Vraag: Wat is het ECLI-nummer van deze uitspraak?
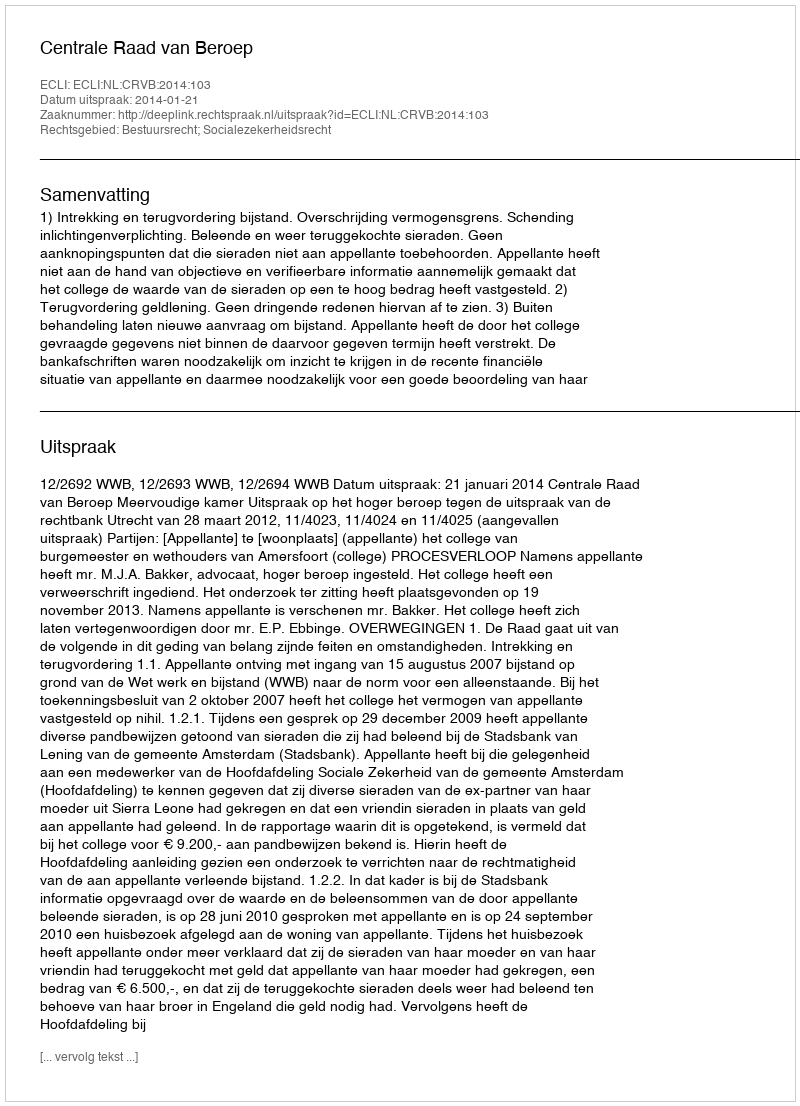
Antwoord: ECLI:NL:CRVB:2014:103